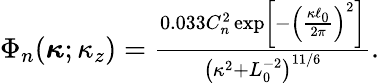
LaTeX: \begin{array}{r}{\Phi_{n}(\boldsymbol{\kappa};\kappa_{z})=\frac{0.033C_{n}^{2}\exp\left[-\left(\frac{\kappa\ell_{0}}{2\pi}\right)^{2}\right]}{\left(\kappa^{2}+L_{0}^{-2}\right)^{11/6}}.}\end{array}